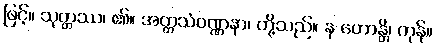
ဖြင့်။ သုတ္တဿ၊ ၏။ အတ္ထသံဝဏ္ဏနာ၊ တို့သည်။ န ဟောန္တိ၊ ကုန်။